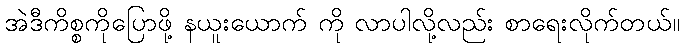
အဲဒီကိစ္စကိုပြောဖို့ နယူးယောက် ကို လာပါလို့လည်း စာရေးလိုက်တယ်။